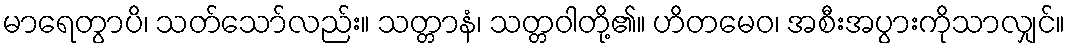
မာရေတွာပိ၊ သတ်သော်လည်း။ သတ္တာနံ၊ သတ္တဝါတို့၏။ ဟိတမေဝ၊ အစီးအပွားကိုသာလျှင်။